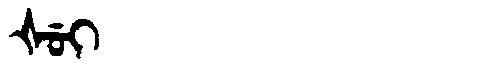
Manchu: ᡧᡠᡳ
Romanization: ŠUI